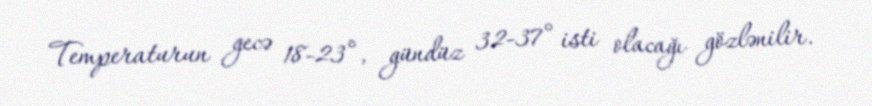
Temperaturun gecə 18-23°, gündüz 32-37° isti olacağı gözlənilir.